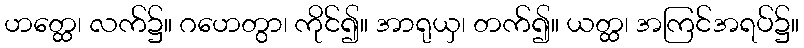
ဟတ္ထေ၊ လက်၌။ ဂဟေတွာ၊ ကိုင်၍။ အာရုယှ၊ တက်၍။ ယတ္ထ၊ အကြင်အရပ်၌။